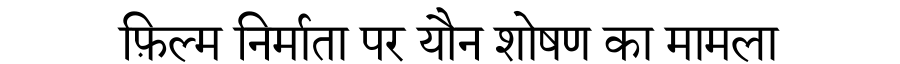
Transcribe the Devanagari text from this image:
फ़िल्म निर्माता पर यौन शोषण का मामला